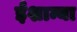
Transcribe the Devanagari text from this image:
ईशान्या